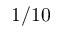
1 / 1 0